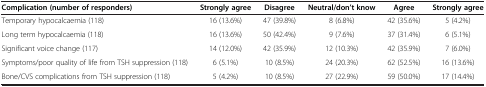
<table><thead><tr><td><b>Complication (number of responders)</b></td><td><b>Strongly agree</b></td><td><b>Disagree</b></td><td><b>Neutral/don’t know</b></td><td><b>Agree</b></td><td><b>Strongly agree</b></td></tr></thead><tbody><tr><td>Temporary hypocalcaemia (118)</td><td>16 (13.6%)</td><td>47 (39.8%)</td><td>8 (6.8%)</td><td>42 (35.6%)</td><td>5 (4.2%)</td></tr><tr><td>Long term hypocalcaemia (118)</td><td>16 (13.6%)</td><td>50 (42.4%)</td><td>9 (7.6%)</td><td>37 (31.4%)</td><td>6 (5.1%)</td></tr><tr><td>Significant voice change (117)</td><td>14 (12.0%)</td><td>42 (35.9%)</td><td>12 (10.3%)</td><td>42 (35.9%)</td><td>7 (6.0%)</td></tr><tr><td>Symptoms/poor quality of life from TSH suppression (118)</td><td>6 (5.1%)</td><td>10 (8.5%)</td><td>24 (20.3%)</td><td>62 (52.5%)</td><td>16 (13.6%)</td></tr><tr><td>Bone/CVS complications from TSH suppression (118)</td><td>5 (4.2%)</td><td>10 (8.5%)</td><td>27 (22.9%)</td><td>59 (50.0%)</td><td>17 (14.4%)</td></tr></tbody></table>